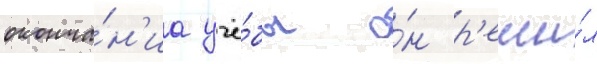
оконча́н'иа учё́бы о́н р'еши́л